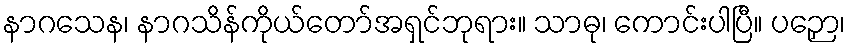
နာဂသေန၊ နာဂသိန်ကိုယ်တော်အရှင်ဘုရား။ သာဓု၊ ကောင်းပါပြီ။ ပဉှော၊